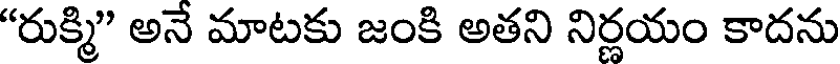
"రుక్మి" అనే మాటకు జంకి అతని నిర్ణయం కాదను